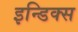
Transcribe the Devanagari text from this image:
इन्डिक्स